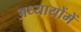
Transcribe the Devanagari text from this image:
अध्यायोंमें